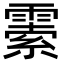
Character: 𩄜